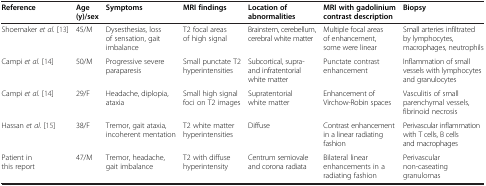
<table><thead><tr><td><b>Reference</b></td><td><b>Age (y)/sex</b></td><td><b>Symptoms</b></td><td><b>MRI findings</b></td><td><b>Location of abnormalities</b></td><td><b>MRI with gadolinium contrast description</b></td><td><b>Biopsy</b></td></tr></thead><tbody><tr><td>Shoemaker <i>et al.</i>[13]</td><td>45/M</td><td>Dysesthesias, loss of sensation, gait imbalance</td><td>T2 focal areas of high signal</td><td>Brainstem, cerebellum, cerebral white matter</td><td>Multiple focal areas of enhancement, some were linear</td><td>Small arteries infiltrated by lymphocytes, macrophages, neutrophils</td></tr><tr><td>Campi <i>et al</i>. [14]</td><td>50/M</td><td>Progressive severe paraparesis</td><td>Small punctate T2 hyperintensities</td><td>Subcortical, supra- and infratentorial white matter</td><td>Punctate contrast enhancement</td><td>Inflammation of small vessels with lymphocytes and granulocytes</td></tr><tr><td>Campi <i>et al</i>. [14]</td><td>29/F</td><td>Headache, diplopia, ataxia</td><td>Small high signal foci on T2 images</td><td>Supratentorial white matter</td><td>Enhancement of Virchow-Robin spaces</td><td>Vasculitis of small parenchymal vessels, fibrinoid necrosis</td></tr><tr><td>Hassan <i>et al</i>. [15]</td><td>38/F</td><td>Tremor, gait ataxia, incoherent mentation</td><td>T2 white matter hyperintensities</td><td>Diffuse</td><td>Contrast enhancement in a linear radiating fashion</td><td>Perivascular inflammation with T cells, B cells and macrophages</td></tr><tr><td>Patient in this report</td><td>47/M</td><td>Tremor, headache, gait imbalance</td><td>T2 with diffuse hyperintensity</td><td>Centrum semiovale and corona radiata</td><td>Bilateral linear enhancements in a radiating fashion</td><td>Perivascular non-caseating granulomas</td></tr></tbody></table>